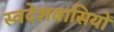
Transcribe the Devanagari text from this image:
स्वदेशवासियों